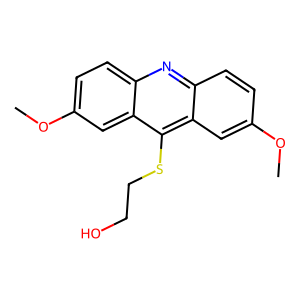
SMILES: COc1ccc2nc3ccc(OC)cc3c(SCCO)c2c1
Inhibits HIV replication: No